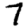
Digit: 7